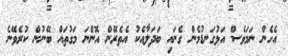
އެހެން ނަމަވެސް އަޅުގަނޑުމެން ގެނައި ބަދަލާއެކު އެތެރޭން އޮންނަ މަގުތައް ބޭނުން ކުރެވޭނެ